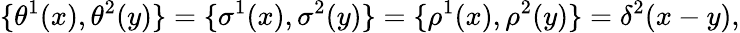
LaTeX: \{ \theta^{1}(x),\theta^{2}(y)\} =\{ \sigma^{1}(x),\sigma^{2}(y)\} =\{ \rho^{1}(x),\rho^{2}(y)\} =\delta^{2}(x-y),